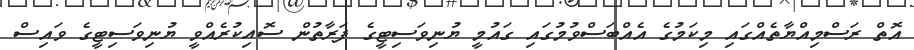
އޮތް ރަސްމިއްޔާތެއްގައި މިކަމުގެ އެއްބަސްވުމުގައި ގައުމީ ޔުނިވަސިޓީގެ ފަރާތުން ސޮއިކުރެއްވީ ޔުނިވަސިޓީގެ ވައިސް